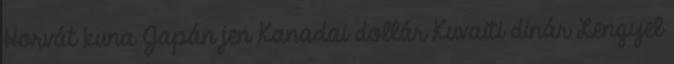
Horvát kuna Japán jen Kanadai dollár Kuvaiti dinár Lengyel